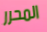
المحرر